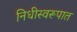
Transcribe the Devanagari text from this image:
निधीस्वरूपात